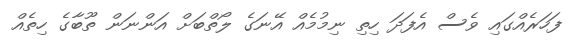
ފަހަރެއްގައި ވެސް އެފަދަ ހިތި ނިމުމެއް އޭނަގެ ލޯތްބަށް އަންނަން ތޫބާގެ ހިތެއް